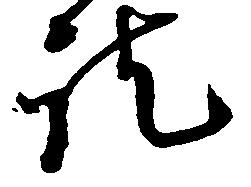
訖